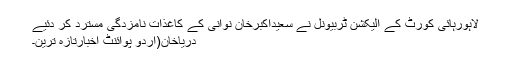
لاہورہائی کورٹ کے الیکشن ٹربیونل نے سعیداکبرخان نوانی کے کاغذات نامزدگی مسترد کر دئیے
دریاخان(اُردو پوائنٹ اخبارتازہ ترین۔